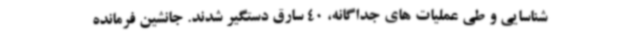
شناسایی و طی عملیات های جداگانه، 40 سارق دستگیر شدند. جانشین فرمانده